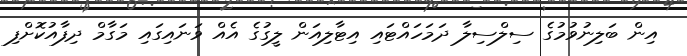
އިން ބަލިނުވުމުގެ ސިލްސިލާ ދަމަހައްޓައި އިޓާލިއަން ލީގުގެ އެއް ވަނައިގައި މަގާމް ދިފާއުކޮށްފި